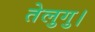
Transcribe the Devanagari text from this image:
तेलुगु।